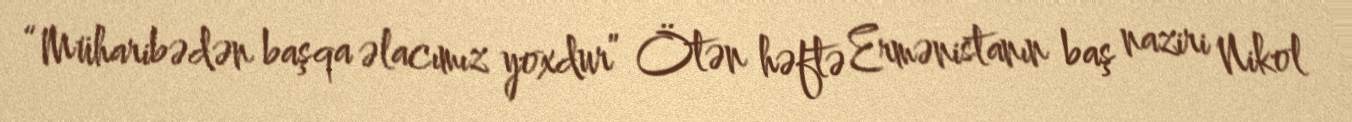
“Müharibədən başqa əlacımız yoxdur” Ötən həftə Ermənistanın baş naziri Nikol